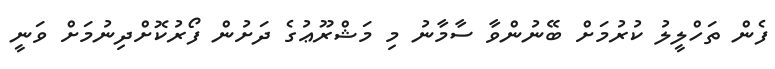
ފެން ތަހްލީލު ކުރުމަށް ބޭނުންވާ ސާމާނު މި މަޝްރޫޢުގެ ދަށުން ފޯރުކޮށްދިނުމަށް ވަނީ